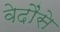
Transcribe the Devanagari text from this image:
वेदौंसे